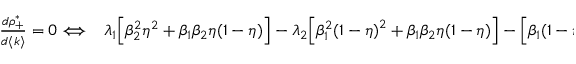
\begin{array} { r l } { \frac { d \rho _ { + } ^ { * } } { d \langle k \rangle } = 0 \Longleftrightarrow } & { { } \lambda _ { 1 } \Big [ \beta _ { 2 } ^ { 2 } \eta ^ { 2 } + \beta _ { 1 } \beta _ { 2 } \eta ( 1 - \eta ) \Big ] - \lambda _ { 2 } \Big [ \beta _ { 1 } ^ { 2 } { ( 1 - \eta ) } ^ { 2 } + \beta _ { 1 } \beta _ { 2 } \eta ( 1 - \eta ) \Big ] - { \Big [ \beta _ { 1 } ( 1 - \eta ) + \beta _ { 2 } \eta \Big ] } ^ { 2 } } \end{array}